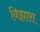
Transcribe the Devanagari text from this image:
विझारा